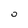
Character: 0